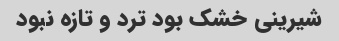
شیرینی خشک بود ترد و تازه نبود